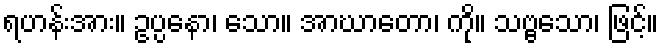
ရဟန်းအား။ ဥပ္ပနော၊ သော။ အာဃာတော၊ ကို။ သဗ္ဗသော၊ ဖြင့်။